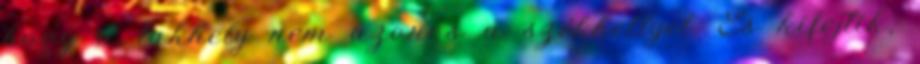
hogy a lakhely nem azonos a székhellyel. És kifejtik,